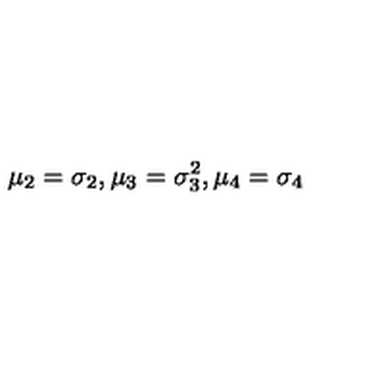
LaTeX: \mu _ { 2 } = \sigma _ { 2 } , \mu _ { 3 } = \sigma _ { 3 } ^ { 2 } , \mu _ { 4 } = \sigma _ { 4 }